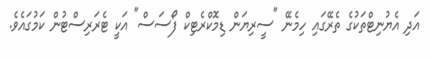
އަދި އެޔުނިޓްތަކުގެ ތެރޭގައި ހިމެނޭ "ސީރިޔަން ޑިމޮކްރެޓިކް ފޯސަސް" އަކީ ޓެރަރިސްޓުން ކަމުގައެވެ.